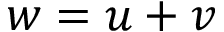
w = u + v